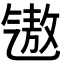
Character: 𪵧